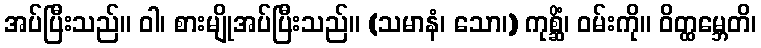
အပ်ပြီးသည်။ ဝါ၊ စားမျိုအပ်ပြီးသည်။ (သမာနံ၊ သော၊) ကုစ္ဆိံ၊ ဝမ်းကို။ ဝိတ္ထမ္ဘေတိ၊